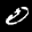
Label: 0